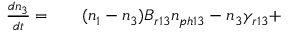
\begin{array} { r l r } { \frac { d n _ { 3 } } { d t } = } & { { } } & { ( n _ { 1 } - n _ { 3 } ) B _ { r 1 3 } n _ { p h 1 3 } - n _ { 3 } \gamma _ { r 1 3 } + } \end{array}